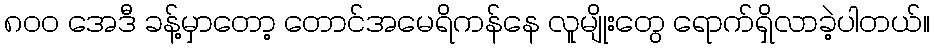
၈၀၀ အေဒီ ခန့်မှာတော့ တောင်အမေရိကန်နေ လူမျိုးတွေ ရောက်ရှိလာခဲ့ပါတယ်။